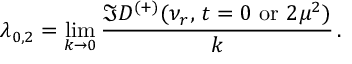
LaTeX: \lambda _ { 0 , 2 } = \operatorname * { l i m } _ { k \to 0 } { \frac { \Im D ^ { ( + ) } ( \nu _ { r } , \, t = 0 \mathrm { \ o r \ } 2 \mu ^ { 2 } ) } { k } } \, .